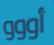
أووو